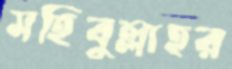
মহিবুল্লাহর